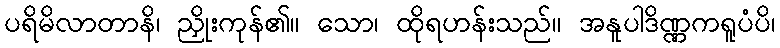
ပရိမိလာတာနိ၊ ညှိုးကုန်၏။ သော၊ ထိုရဟန်းသည်။ အနူပါဒိဏ္ဏကရူပံပိ၊